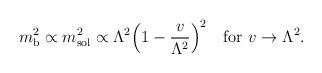
LaTeX: \begin{align*}m_{\rm b}^{2}\propto m_{\rm sol}^{2} \propto \Lambda^{2}\Bigl( 1-{v\over\Lambda^{2}}\Bigr) ^{2} \quad {\rm for\ } v\rightarrow\Lambda^{2} .\end{align*}